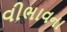
વીભાવના